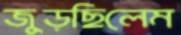
জুড়ছিলেম